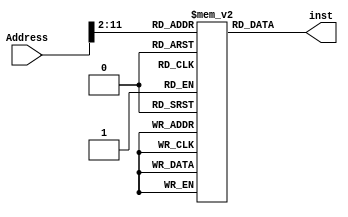
module inst_mem(input [31:0]Address,output reg [31:0]inst);
reg [31:0] mem[0:1023];

initial begin
    mem[0]=32'b00100000000000010000000000101000;//addi R1 R0 36
    mem[1]=32'b00100000000001010000000000000000;//addi R5 R0 0
    mem[2]=32'b00010000001000000000000000000100;//beq R1 R0 END //LOOP
    mem[3]=32'b10001100001001000000001111100100;//lw  R4 1000(R1)
    mem[4]=32'b00000000101001000010100000100000;//add R5 R4 R5
    mem[5]=32'b00100000001000011111111111111100;//addi R1 R1 -4
    mem[6]=32'b00001000000000000000000000000010;//J LOOP
    mem[7]=32'b10101100000001010000011111010000;//sw R5 2000(R0) //END
end

always @(Address) begin
    inst<=mem[Address[31:2]];
end
endmodule